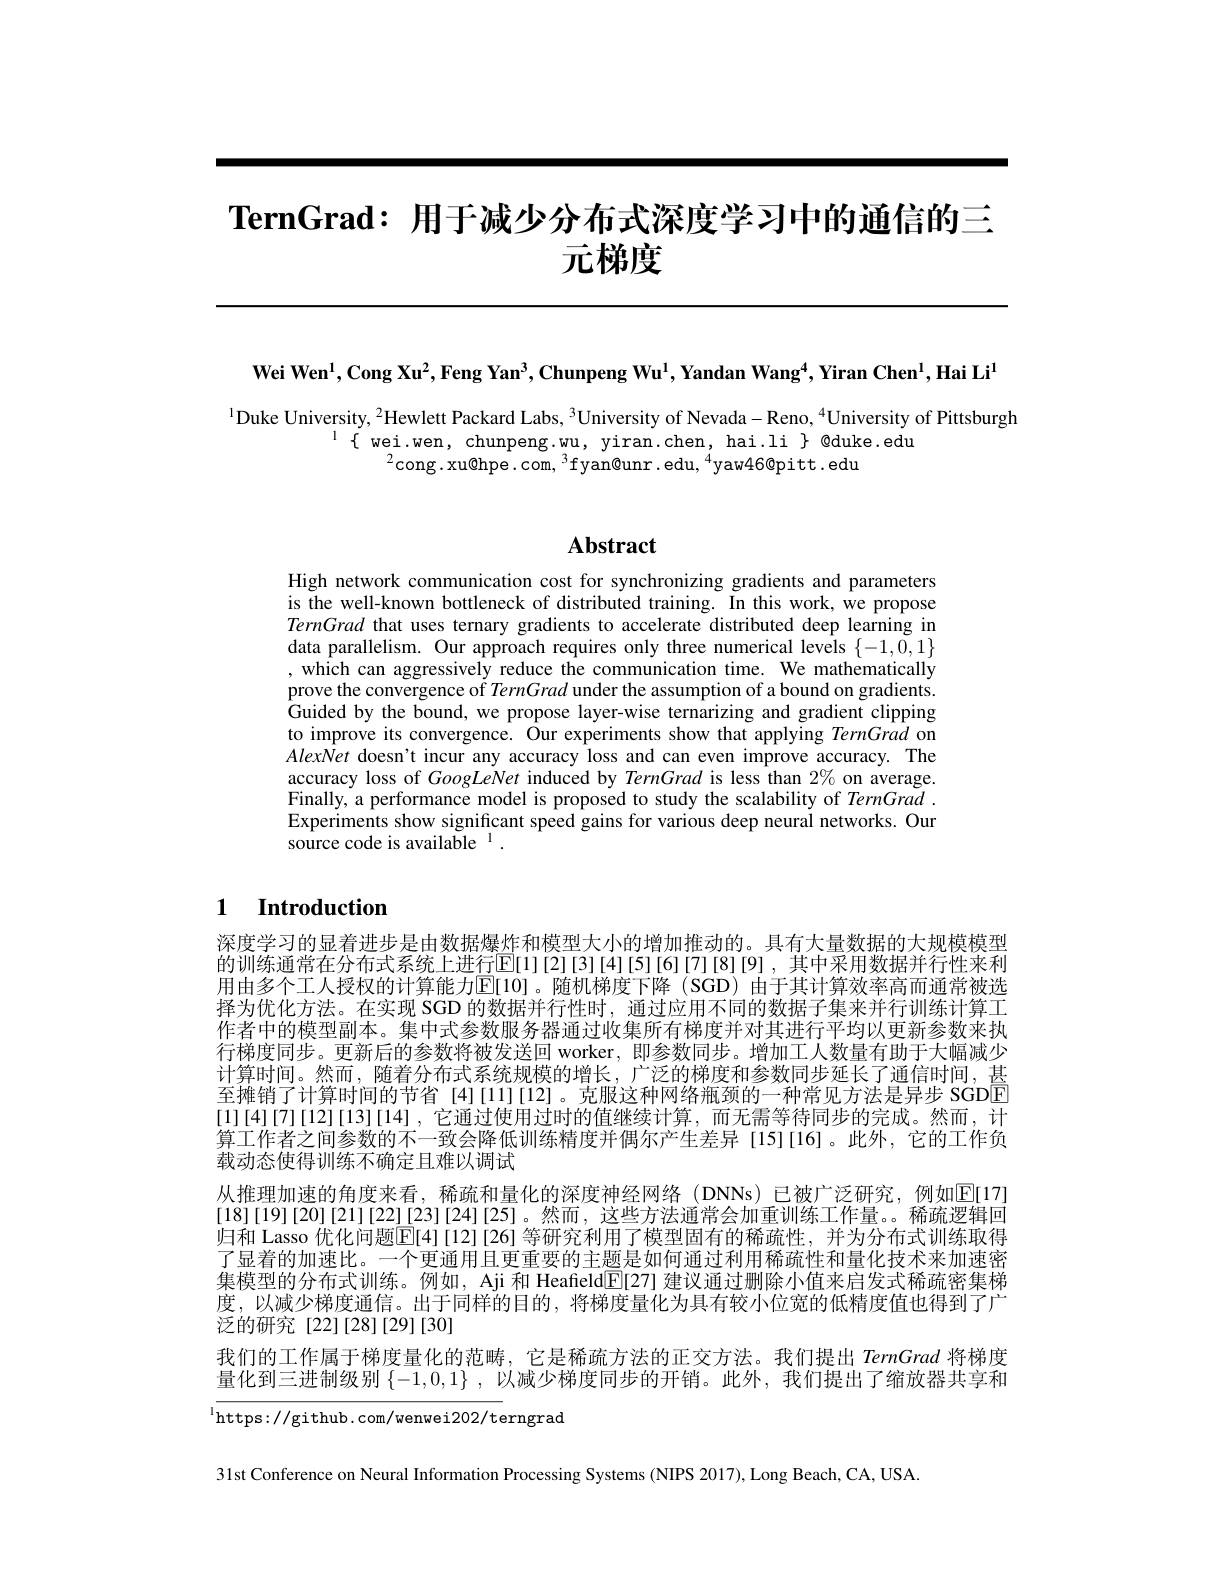
# $\textbf{TernGrad: 用 于 减 少 分 布 式 深 度 学 习 中 的 通 信 的 三 }$ 元梯度

Wei Wen$^1$,Cong Xu$^2$,Feng Yan$^3$,Chunpeng Wu$^1$,Yandan Wang$^4$,Yiran Chen$^1$,Hai Li$^1$

$^{1}$Duke University, $^2$Hewlett Packard Labs, $^3$University of Nevada-Reno, $^4$University of Pittsburgh
$\{$ wei.wen, chunpeng.wu, yiran.chen, hai.li $\}$ @duke.edu
$^{2}$cong.xu@hpe.com,$^3$fyan@unr.edu$,^4$yaw46@pitt.edu

# Abstract

High network communication cost for synchronizing gradients and parameters is the well-known bottleneck of distributed training. In this work, we propose TernGrad that uses ternary gradients to accelerate distributed deep learning in data parallelism. Our approach requires only three numerical levels $\{-1,\tilde{0},1\}$ , which can aggressively reduce the communication time. We mathematically prove the convergence of TernGrad under the assumption of a bound on gradients. Guided by the bound, we propose layer-wise ternarizing and gradient clipping to improve its convergence. Our experiments show that applying TernGrad on AlexNet doesn't incur any accuracy loss and can even improve accuracy. The accuracy loss of GoogLeNet induced by TernGrad is less than $2\%$ on average. Finally, a performance model is proposed to study the scalability of $TernGrad.$ Experiments show significant speed gains for various deep neural networks. Our source code is available $^{1}.$

## 1 Introduction

深度学习的显着进步是由数据爆炸和模型大小的增加推动的。具有大量数据的大规模模型的训练通常在分布式系统上进行E[1][2][3][4][5][6][7][8][9],其中采用数据并行性来利用由多个工人授权的计算能力$\operatorname{E}[10]$。随机梯度下降 (SGD)由于其计算效率高而通常被选择为优化方法。在实现 SGD 的数据并行性时，通过应用不同的数据子集来并行训练计算工作者中的模型副本。集中式参数服务器通过收集所有梯度并对其进行平均以更新参数来执行梯度同步。更新后的参数将被发送回 worker, 即参数同步。增加工人数量有助于大幅减少计算时间。然而，随着分布式系统规模的增长，广泛的梯度和参数同步延长了通信时间，甚至摊销了计算时间的节省 [4][11][12]。克服这种网络瓶颈的一种常见方法是异步 SGDE [1][4][7][12][13][14],它通过使用过时的值继续计算，而无需等待同步的完成。然而，计算工作者之间参数的不一致会降低训练精度并偶尔产生差异 [15][16]。此外，它的工作负载动态使得训练不确定且难以调试
从推理加速的角度来看，稀疏和量化的深度神经网络(DNNs)已被广泛研究，例如E[17] [18][19][20][21][22][23][24][25]。然而，这些方法通常会加重训练工作量。稀疏逻辑回归和 Lasso 优化问题$\overline{\mathrm{E}}[4][12][26]$ 等研究利用了模型固有的稀疏性，并为分布式训练取得了显着的加速比。一个更通用且更重要的主题是如何通过利用稀疏性和量化技术来加速密集模型的分布式训练。例如，Aji 和 Heafield$\mathbb{E}[27]$建议通过删除小值来启发式稀疏密集梯度，以减少梯度通信。出于同样的目的，将梯度量化为具有较小位宽的低精度值也得到了广泛的研究[22][28][29][30]
我们的工作属于梯度量化的范畴，它是稀疏方法的正交方法。我们提出 TernGrad 将梯度量化到三进制级别$\{-1,0,1\}$ ,以减少梯度同步的开销。此外，我们提出了缩放器共享和

https: / / github. com/ wenwei202/ terngrad

31st Conference on Neural Information Processing Systems (NIPS 2017), Long Beach, CA, USA